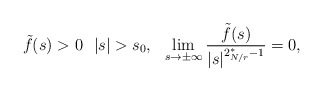
\begin{align*}\tilde{f}(s)>0 \ \ |s|>s_0,\ \ \lim_{s \to \pm\infty} \frac{\tilde{f}(s)}{|s|^{2_{N/r}^*-1}}=0,\end{align*}